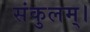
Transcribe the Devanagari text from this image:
संकुलम्‌।